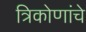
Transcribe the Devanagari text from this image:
त्रिकोणांचे